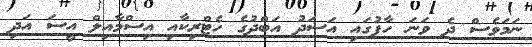
ނަމަވެސް ދެ ވަނަ ހާފުގައި އަސަދު އަބްދުގެ ހެޓްރިކާއި އިސްމާއިލް އީސަ އަދި